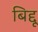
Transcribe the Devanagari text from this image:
बिद्दू